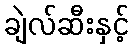
ချဲလ်ဆီးနှင့်